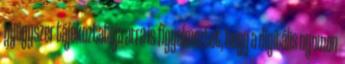
gyógyszer tájékoztatója arra is figyelmeztet, hogy a digitális nyomon